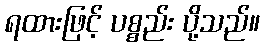
ရထားဖြင့် ပစ္စည်း ပို့သည်။